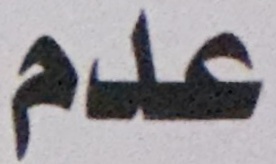
عدم